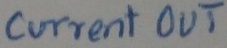
Text: current OUT